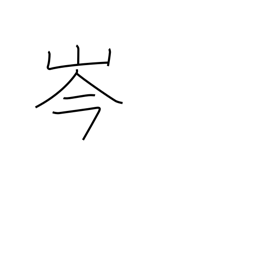
Meaning: mountaintop